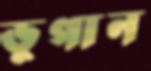
ভুগান